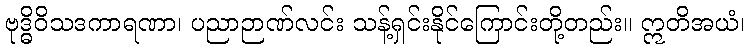
ဗုဒ္ဓိဝိသဒကာရဏာ၊ ပညာဉာဏ်လင်း သန့်ရှင်းနိုင်ကြောင်းတို့တည်း။ ဣတိအယံ၊